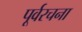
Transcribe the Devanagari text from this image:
पूर्वरचना